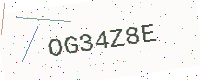
Text: OG34Z8E